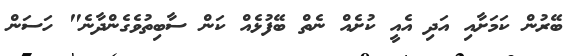
ބޭރުން ކަމަށާއި އަދި އެއީ ކުށެއް ނެތް ބޭފުޅެއް ކަން ސާބިތުވެގެންދާނެ" ހަސަން